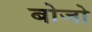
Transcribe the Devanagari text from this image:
बोजो